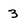
Character: 3